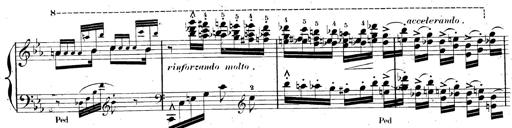
Title: AnnÃ©es de pÃ¨lerinage II, SupplÃ©ment
Composer: Franz Liszt